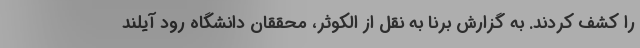
را کشف کردند. به گزارش برنا به نقل از الکوثر، محققان دانشگاه رود آیلند